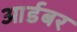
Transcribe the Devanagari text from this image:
आर्डबर